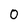
Character: 0